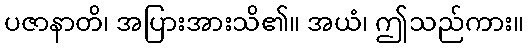
ပဇာနာတိ၊ အပြားအားသိ၏။ အယံ၊ ဤသည်ကား။